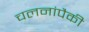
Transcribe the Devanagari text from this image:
चलनांपैकी